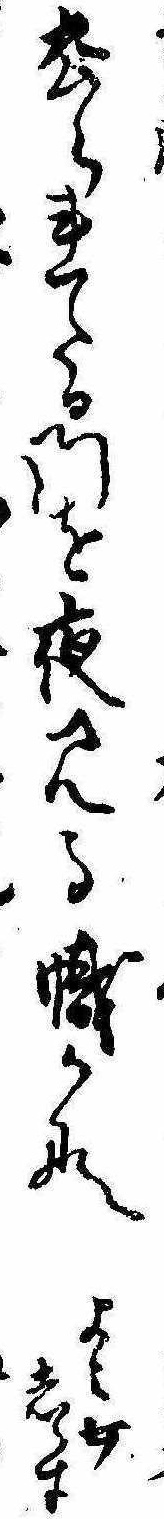
去られたる門を夜見る幟かなよみ女しらす